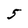
Character: 5